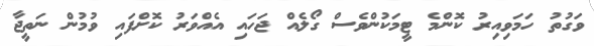
ވަގުތު ހަމަވިއިރު ކޮންމެ ޓީމަކުންވެސް ގޯލެއް ޖަހައި އެއްވަރު ކޮށްފައި ވުމުން ނަތީޖާ